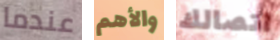
عندما والأهم اتصالك